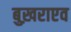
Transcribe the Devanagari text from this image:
बुख़राएव